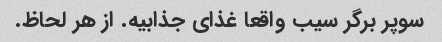
سوپر برگر سیب واقعا غذای جذابیه. از هر لحاظ.